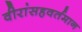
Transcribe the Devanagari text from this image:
वीरांसहवर्तमान